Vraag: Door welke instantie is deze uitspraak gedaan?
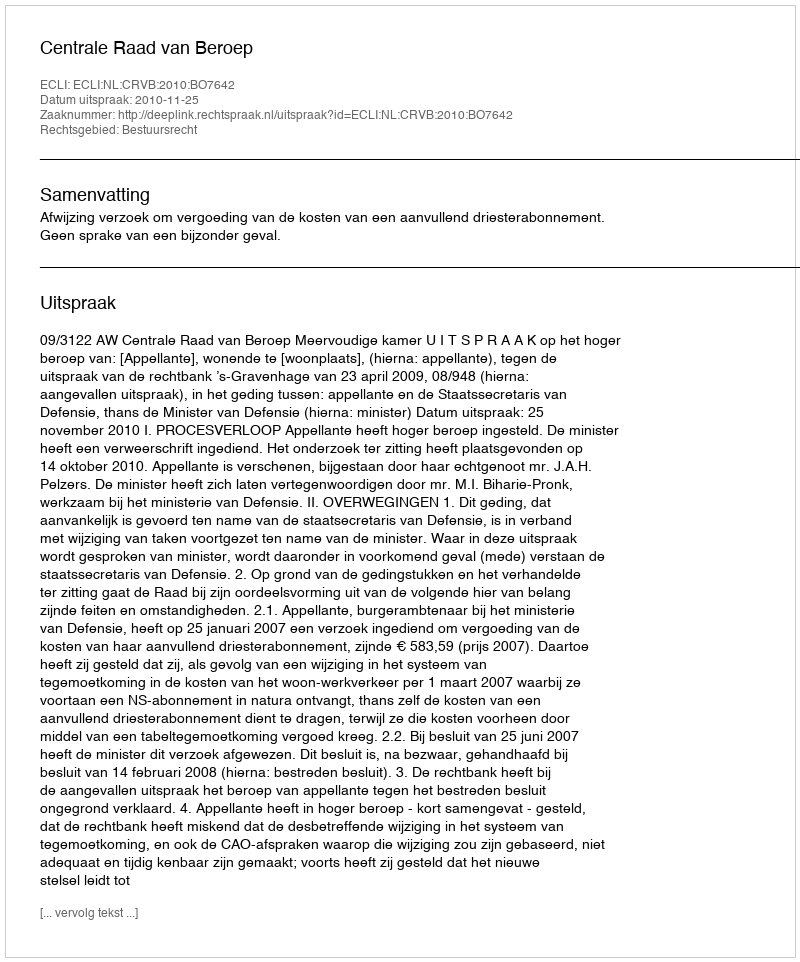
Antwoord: Centrale Raad van Beroep